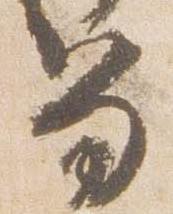
笏